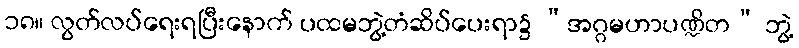
၁၈။ လွတ်လပ်ရေးရပြီးနောက် ပထမဘွဲ့တံဆိပ်ပေးရာ၌ “အဂ္ဂမဟာပဏ္ဍိတ” ဘွဲ့